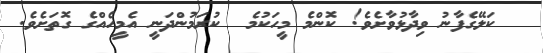
ކަލޭގެފާނު ވިދާޅުވާށެވެ! ކޮންމެ މީހަކުމެ  ކުރަމުންދަނީ އެމީހެއްގެ ގޮތަށެވެ.